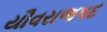
યૌવરાજપદ